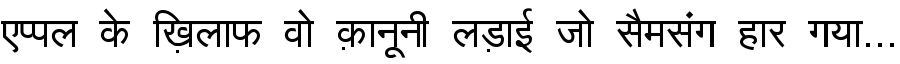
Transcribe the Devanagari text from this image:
एप्पल के ख़िलाफ वो क़ानूनी लड़ाई जो सैमसंग हार गया...